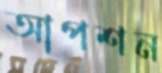
আপশন